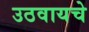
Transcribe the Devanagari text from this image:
उठवायचे